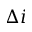
\Delta i